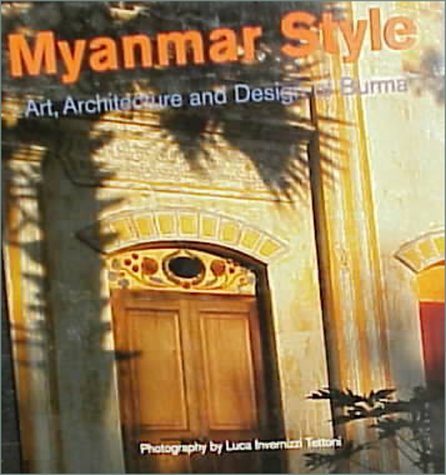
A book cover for Myanmar Style; Elizabeth Moore; Travel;